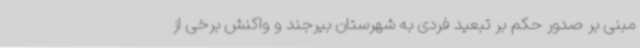
مبنی بر صدور حکم بر تبعید فردی به شهرستان بیرجند و واکنش برخی از